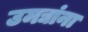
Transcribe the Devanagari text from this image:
उमद्यांना